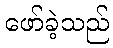
ဖော်ခဲ့သည်